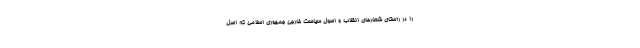
را در راستای شعارهای انقلاب و اصول سیاست خارجی جمهوری اسلامی که اصل